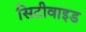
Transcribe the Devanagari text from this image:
सिटीवाइड